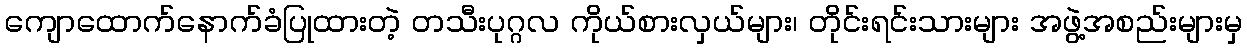
ကျောထောက်နောက်ခံပြုထားတဲ့ တသီးပုဂ္ဂလ ကိုယ်စားလှယ်များ၊ တိုင်းရင်းသားများ အဖွဲ့အစည်းများမှ